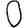
Digit: 0